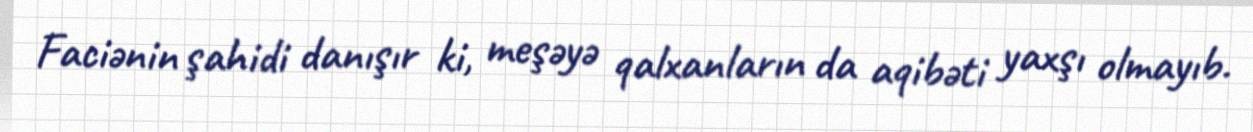
Faciənin şahidi danışır ki, meşəyə qalxanların da aqibəti yaxşı olmayıb.